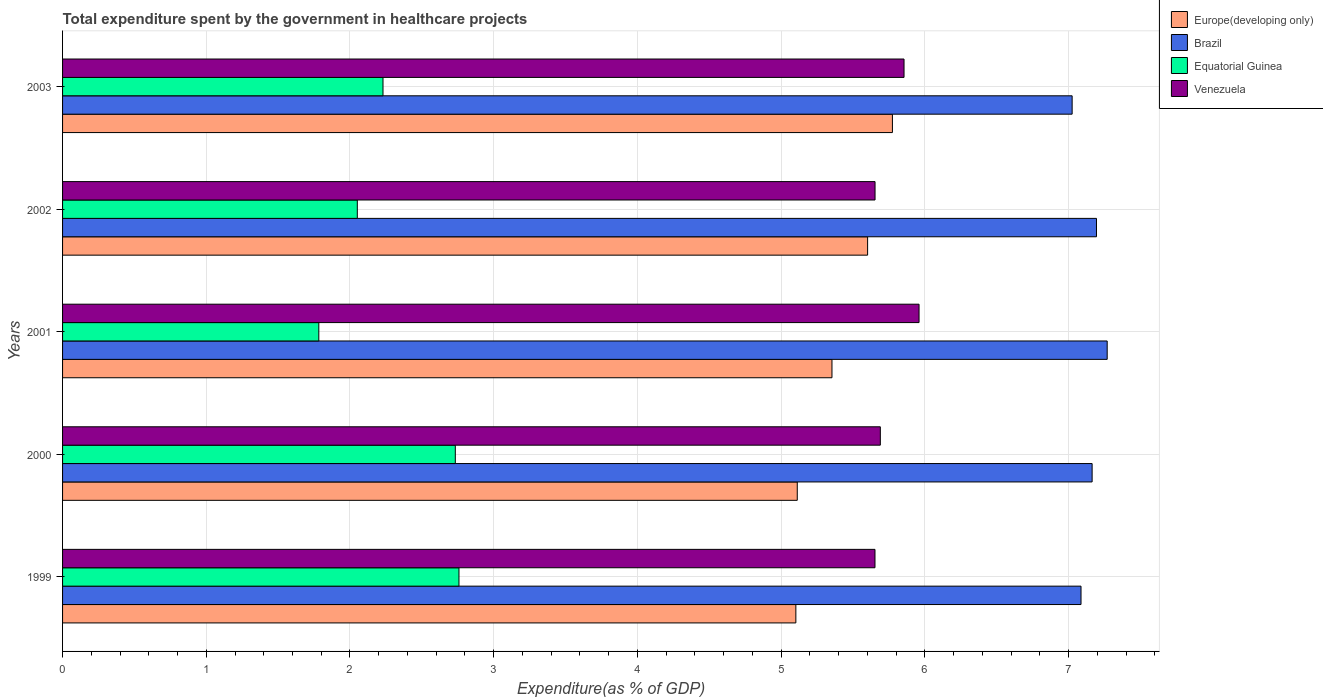
| Years | Europe(developing only) | Brazil | Equatorial Guinea | Venezuela |
 | --- | --- | --- | --- | --- |
 | 1999 | 5.1 | 7.09 | 2.76 | 5.65 |
 | 2000 | 5.11 | 7.16 | 2.73 | 5.69 |
 | 2001 | 5.35 | 7.27 | 1.78 | 5.96 |
 | 2002 | 5.6 | 7.19 | 2.05 | 5.65 |
 | 2003 | 5.77 | 7.03 | 2.23 | 5.86 |